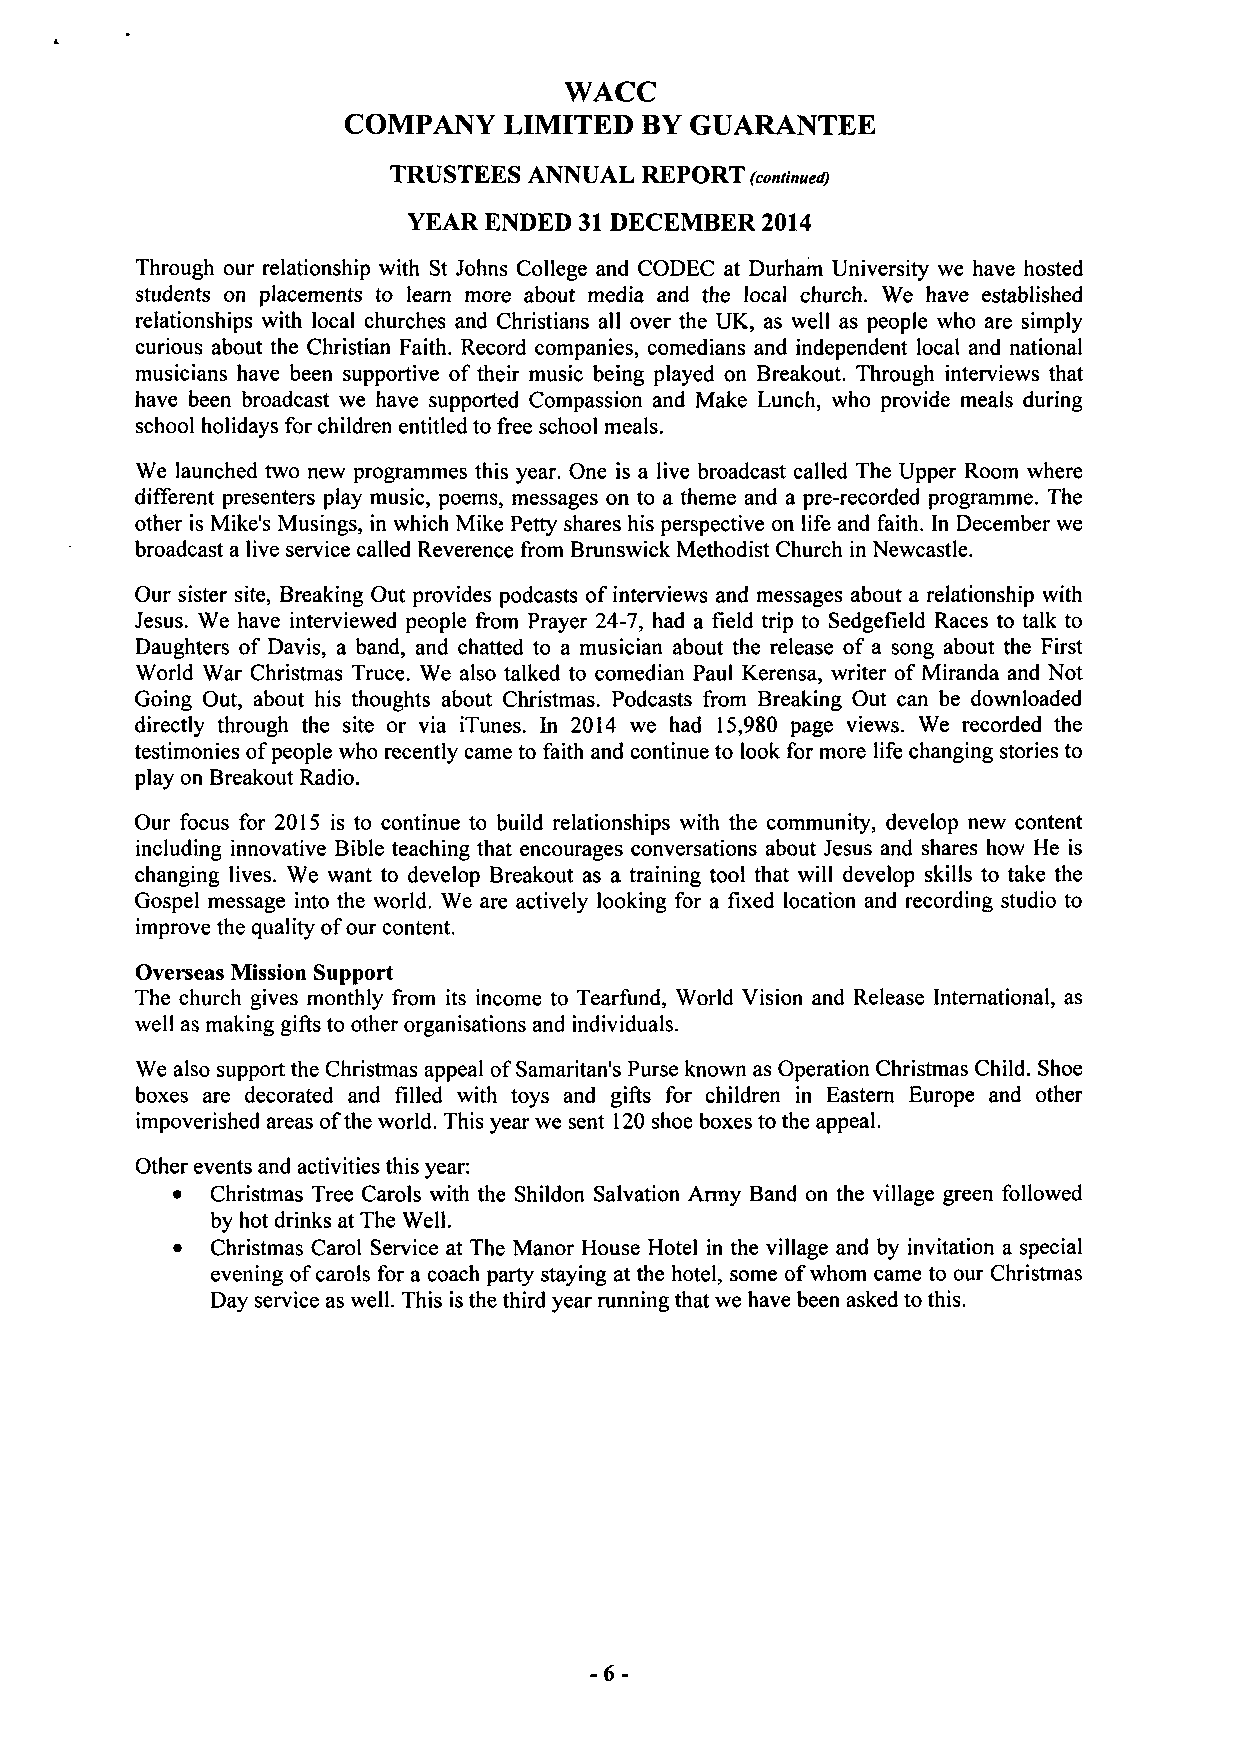
WACC
 COMPANY   LIMITED  BY GUARANTEE
 TRUSTEES ANNUAL REPORT (continued)
 YEAR ENDED 31 DECEMBER 2014
 Through our relationship with St Johns College and CODEC at Durham University we have hosted
 students on placements to learn more about media and the local church. We have established
 relationships with local churches and Christians all over the UK, as well as people who are simply
 curious about the Christian Faith. Record companies, comedians and independent local and national
 musicians have been supportive of their music being played on Breakout. Through interviews that
 have been broadcast we have supported Compassion and Make Lunch, who provide meals during
 school holidays for children entitled to free school meals.
 We launched two new programmes this year. One is a live broadcast called The Upper Room where
 different presenters play music, poems, messages on to a theme and a pre-recorded programme. The
 other is Mike's Musings, in which Mike Petty shares his perspective on life and faith. In December we
 broadcast a live service called Reverence from Brunswick Methodist Church in Newcastle.
 Our sister site, Breaking Out provides podcasts of interviews and messages about a relationship with
 Jesus. We have interviewed people from Prayer 24-7, had a field trip to Sedgefield Races to talk to
 Daughters of Davis, a band, and chatted to a musician about the release of a song about the First
 World War Christmas Truce. We also talked to comedian Paul Kerensa, writer of Miranda and Not
 Going Out, about his thoughts about Christmas. Podcasts from Breaking Out can be downloaded
 directly through the site or via iTunes. In 2014 we had 15,980 page views. We recorded the
 testimonies of people who recently came to faith and continue to look for more life changing stories to
 play on Breakout Radio.
 Our focus for 2015 is to continue to build relationships with the community, develop new content
 including innovative Bible teaching that encourages conversations about Jesus and shares how He is
 changing lives. We want to develop Breakout as a training tool that will develop skills to take the
 Gospel message into the world. We are actively looking for a fixed location and recording studio to
 improve the quality of our content.
 Overseas Mission Support
 The church gives monthly from its income to Tearfund, World Vision and Release International, as
 well as making gifts to other organisations and individuals.
 We also support the Christmas appeal of Samaritan's Purse known as Operation Christmas Child. Shoe
 boxes are decorated and filled with toys and gifts for children in Eastern Europe and other
 impoverished areas of the world. This year we sent 120 shoe boxes to the appeal.
 Other events and activities this year:
 •  Christmas Tree Carols with the Shildon Salvation Army Band on the village green followed
 by hot drinks at The Well.
 •  Christmas Carol Service at The Manor House Hotel in the village and by invitation a special
 evening of carols for a coach party staying at the hotel, some of whom came to our Christmas
 Day service as well. This is the third year running that we have been asked to this.
 -6-